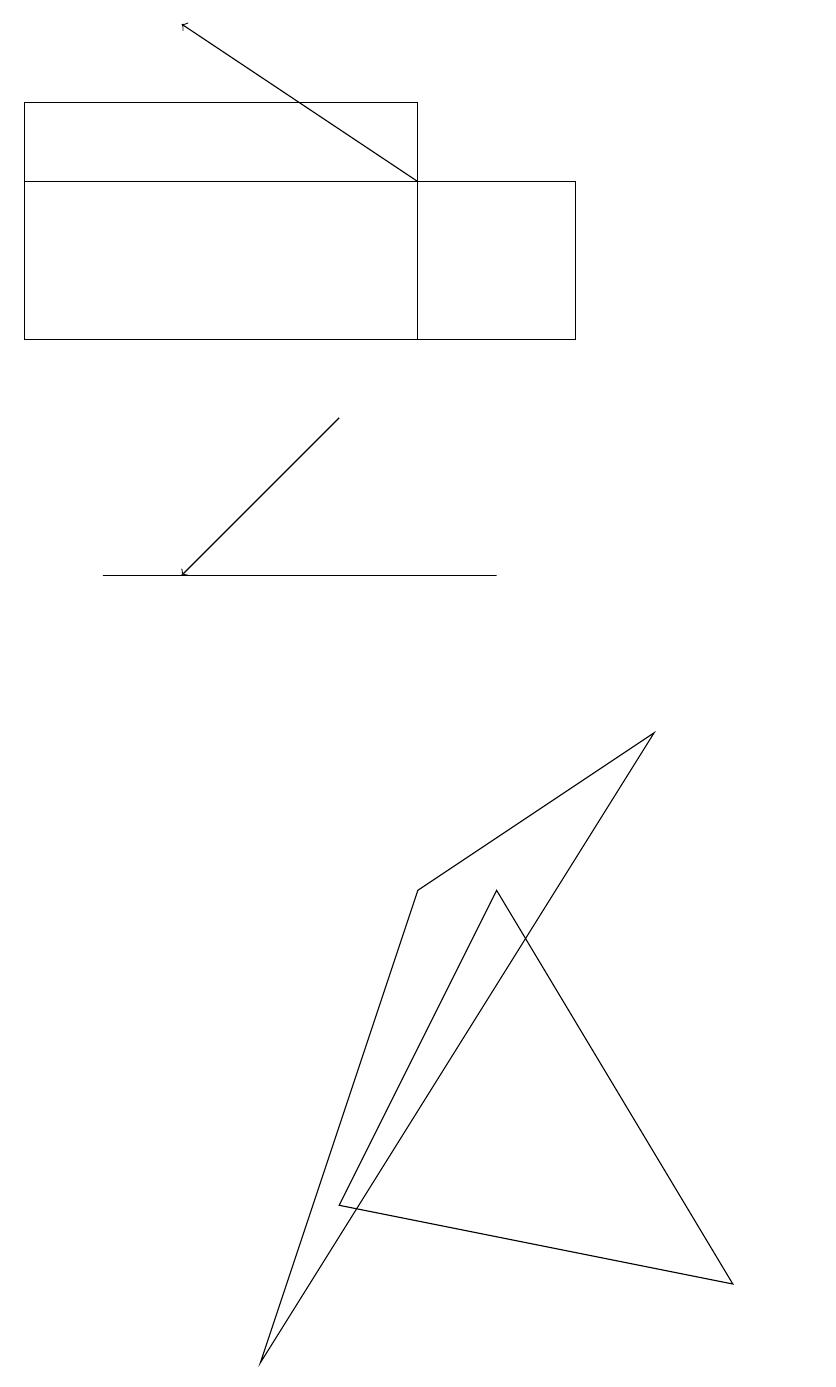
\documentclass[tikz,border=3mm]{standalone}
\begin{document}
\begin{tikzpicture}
\draw (10,11) circle (0);
\draw (8,8) -- (3,0) -- (5,6) -- cycle;
\draw[->] (5,15) -- (2,17);
\draw (0,13) rectangle (5,16);
\draw[->] (4,12) -- (2,10);
\draw (6,10) rectangle (1,10);
\draw (9,1) -- (6,6) -- (4,2) -- cycle;
\draw (7,15) rectangle (0,13);
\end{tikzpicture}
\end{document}